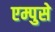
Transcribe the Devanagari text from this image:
एम्पुसे